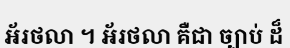
អ័រថលា ។ អ័រថលា គឺជា ច្បាប់ ដ៏